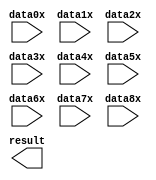
// megafunction wizard: %PARALLEL_ADD%VBB%
// GENERATION: STANDARD
// VERSION: WM1.0
// MODULE: parallel_add 

// ============================================================
// Megafunction Name(s):
// 			parallel_add
//
// Simulation Library Files(s):
// 			altera_mf
// ============================================================
// ************************************************************
// THIS IS A WIZARD-GENERATED FILE. DO NOT EDIT THIS FILE!
//
// 16.1.0 Build 196 10/24/2016 SJ Lite Edition
// ************************************************************

//Copyright (C) 2016  Intel Corporation. All rights reserved.
//Your use of Intel Corporation's design tools, logic functions 
//and other software and tools, and its AMPP partner logic 
//functions, and any output files from any of the foregoing 
//(including device programming or simulation files), and any 
//associated documentation or information are expressly subject 
//to the terms and conditions of the Intel Program License 
//Subscription Agreement, the Intel Quartus Prime License Agreement,
//the Intel MegaCore Function License Agreement, or other 
//applicable license agreement, including, without limitation, 
//that your use is for the sole purpose of programming logic 
//devices manufactured by Intel and sold by Intel or its 
//authorized distributors.  Please refer to the applicable 
//agreement for further details.

module add_multiple_15 (
	data0x,
	data1x,
	data2x,
	data3x,
	data4x,
	data5x,
	data6x,
	data7x,
	data8x,
	result);

	input	[14:0]  data0x;
	input	[14:0]  data1x;
	input	[14:0]  data2x;
	input	[14:0]  data3x;
	input	[14:0]  data4x;
	input	[14:0]  data5x;
	input	[14:0]  data6x;
	input	[14:0]  data7x;
	input	[14:0]  data8x;
	output	[18:0]  result;

endmodule

// ============================================================
// CNX file retrieval info
// ============================================================
// Retrieval info: PRIVATE: INTENDED_DEVICE_FAMILY STRING "MAX 10"
// Retrieval info: PRIVATE: SYNTH_WRAPPER_GEN_POSTFIX STRING "0"
// Retrieval info: LIBRARY: altera_mf altera_mf.altera_mf_components.all
// Retrieval info: CONSTANT: MSW_SUBTRACT STRING "NO"
// Retrieval info: CONSTANT: PIPELINE NUMERIC "0"
// Retrieval info: CONSTANT: REPRESENTATION STRING "UNSIGNED"
// Retrieval info: CONSTANT: RESULT_ALIGNMENT STRING "LSB"
// Retrieval info: CONSTANT: SHIFT NUMERIC "0"
// Retrieval info: CONSTANT: SIZE NUMERIC "9"
// Retrieval info: CONSTANT: WIDTH NUMERIC "15"
// Retrieval info: CONSTANT: WIDTHR NUMERIC "19"
// Retrieval info: USED_PORT: data0x 0 0 15 0 INPUT NODEFVAL "data0x[14..0]"
// Retrieval info: USED_PORT: data1x 0 0 15 0 INPUT NODEFVAL "data1x[14..0]"
// Retrieval info: USED_PORT: data2x 0 0 15 0 INPUT NODEFVAL "data2x[14..0]"
// Retrieval info: USED_PORT: data3x 0 0 15 0 INPUT NODEFVAL "data3x[14..0]"
// Retrieval info: USED_PORT: data4x 0 0 15 0 INPUT NODEFVAL "data4x[14..0]"
// Retrieval info: USED_PORT: data5x 0 0 15 0 INPUT NODEFVAL "data5x[14..0]"
// Retrieval info: USED_PORT: data6x 0 0 15 0 INPUT NODEFVAL "data6x[14..0]"
// Retrieval info: USED_PORT: data7x 0 0 15 0 INPUT NODEFVAL "data7x[14..0]"
// Retrieval info: USED_PORT: data8x 0 0 15 0 INPUT NODEFVAL "data8x[14..0]"
// Retrieval info: USED_PORT: result 0 0 19 0 OUTPUT NODEFVAL "result[18..0]"
// Retrieval info: CONNECT: @data 0 0 15 0 data0x 0 0 15 0
// Retrieval info: CONNECT: @data 0 0 15 15 data1x 0 0 15 0
// Retrieval info: CONNECT: @data 0 0 15 30 data2x 0 0 15 0
// Retrieval info: CONNECT: @data 0 0 15 45 data3x 0 0 15 0
// Retrieval info: CONNECT: @data 0 0 15 60 data4x 0 0 15 0
// Retrieval info: CONNECT: @data 0 0 15 75 data5x 0 0 15 0
// Retrieval info: CONNECT: @data 0 0 15 90 data6x 0 0 15 0
// Retrieval info: CONNECT: @data 0 0 15 105 data7x 0 0 15 0
// Retrieval info: CONNECT: @data 0 0 15 120 data8x 0 0 15 0
// Retrieval info: CONNECT: result 0 0 19 0 @result 0 0 19 0
// Retrieval info: GEN_FILE: TYPE_NORMAL add_multiple_15.v TRUE
// Retrieval info: GEN_FILE: TYPE_NORMAL add_multiple_15.inc FALSE
// Retrieval info: GEN_FILE: TYPE_NORMAL add_multiple_15.cmp FALSE
// Retrieval info: GEN_FILE: TYPE_NORMAL add_multiple_15.bsf FALSE
// Retrieval info: GEN_FILE: TYPE_NORMAL add_multiple_15_inst.v FALSE
// Retrieval info: GEN_FILE: TYPE_NORMAL add_multiple_15_bb.v TRUE
// Retrieval info: LIB_FILE: altera_mf